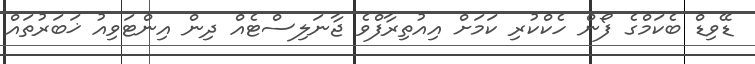
ޑޭވިޑް ބެކަމްގެ ފޯން ހެކްކުރި ކަމަށް އިއުތިރާފްވެ ޖާނަލިސްޓެއް ދިން އިންޓަވިއު ޚަބަރުތައް